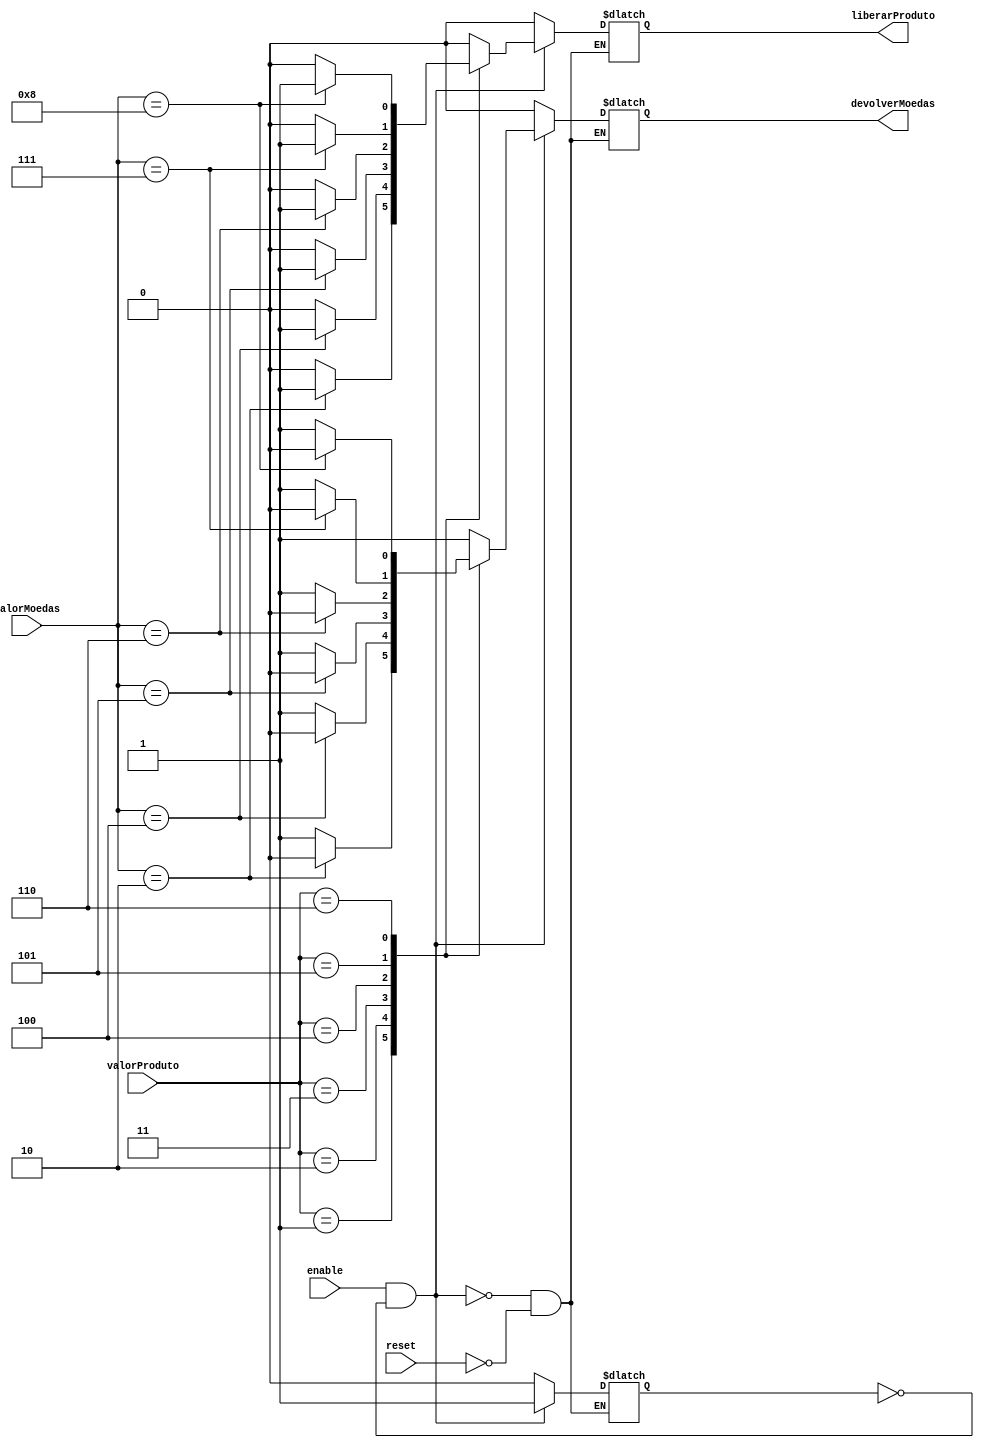
module comparador(
		input [3:0] valorMoedas,
		input [2:0] valorProduto,
		input enable, reset,
		output reg liberarProduto, devolverMoedas);
		
		reg trava;
		
		
		always @(*) begin
			if (reset) begin
				liberarProduto <= 0;
				devolverMoedas <= 0;
				trava <= 0;
			end
			if(enable & !trava) begin		// "tempo limite"
				trava <=1;
				case(valorProduto)
				3'b001: begin
					if(valorMoedas == 4'b0010) begin
						liberarProduto <= 1;
						devolverMoedas <= 0;
					end
					else begin
						liberarProduto <= 0;
						devolverMoedas <= 1;
					end
				end
					
				3'b010: begin
					if(valorMoedas == 4'b0100) begin
						liberarProduto <= 1;
						devolverMoedas <= 0;
					end
					else begin
						liberarProduto <= 0;
						devolverMoedas <= 1;
					end
				end
					
				3'b011: begin
					if(valorMoedas == 4'b0101) begin
						liberarProduto <= 1;
						devolverMoedas <= 0;
					end
					else begin
						liberarProduto <= 0;
						devolverMoedas <= 1;
					end
				end
					
				3'b100: begin
					if(valorMoedas == 4'b0110) begin
						liberarProduto <= 1;
						devolverMoedas <= 0;
					end
					else begin
						liberarProduto <= 0;
						devolverMoedas <= 1;
					end
				end
				
				3'b101: begin
					if(valorMoedas == 4'b0111) begin
						liberarProduto <= 1;
						devolverMoedas <= 0;
					end
					else begin
						liberarProduto <= 0;
						devolverMoedas <= 1;
					end
				end
					
				3'b110: begin
					if(valorMoedas == 4'b1000) begin
						liberarProduto <= 1;
						devolverMoedas <= 0;
					end
					else begin
						liberarProduto <= 0;
						devolverMoedas <= 1;
					end
				end
					
				default: begin
					liberarProduto <= 0;
					devolverMoedas <= 1;
				end
			endcase
			end
		end
endmodule